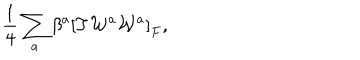
{ \frac { 1 } { 4 } } \sum _ { a } \beta ^ { a } \left[ T { \cal W } ^ { a } { \cal W } ^ { a } \right] _ { F } ,